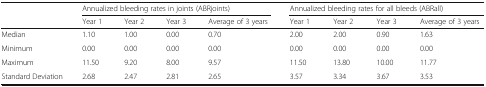
<table><thead><tr><td rowspan="2"></td><td colspan="4"><b>Annualized bleeding rates in joints (ABRjoints)</b></td><td colspan="4"><b>Annualized bleeding rates for all bleeds (ABRall)</b></td></tr><tr><td><b>Year 1</b></td><td><b>Year 2</b></td><td><b>Year 3</b></td><td><b>Average of 3 years</b></td><td><b>Year 1</b></td><td><b>Year 2</b></td><td><b>Year 3</b></td><td><b>Average of 3 years</b></td></tr></thead><tbody><tr><td>Median</td><td>1.10</td><td>1.00</td><td>0.00</td><td>0.70</td><td>2.00</td><td>2.00</td><td>0.90</td><td>1.63</td></tr><tr><td>Minimum</td><td>0.00</td><td>0.00</td><td>0.00</td><td>0.00</td><td>0.00</td><td>0.00</td><td>0.00</td><td>0.00</td></tr><tr><td>Maximum</td><td>11.50</td><td>9.20</td><td>8.00</td><td>9.57</td><td>11.50</td><td>13.80</td><td>10.00</td><td>11.77</td></tr><tr><td>Standard Deviation</td><td>2.68</td><td>2.47</td><td>2.81</td><td>2.65</td><td>3.57</td><td>3.34</td><td>3.67</td><td>3.53</td></tr></tbody></table>